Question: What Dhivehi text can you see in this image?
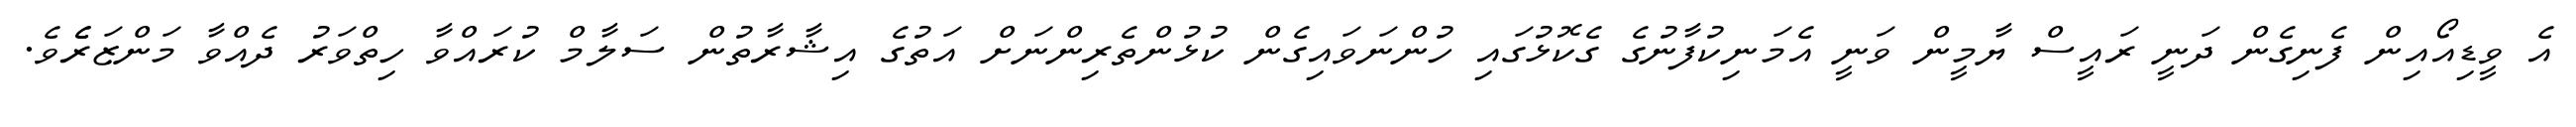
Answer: އެ ވީޑިއޯއިން ފެނިގެން ދަނީ ރައީސް ޔާމީން ވަނީ އެމަނިކުފާނުގެ ގެކޮޅުގައި ހުންނަވައިގެން ކުޅުންތެރިންނަށް އަތުގެ އިޝާރާތުން ސަލާމް ކުރައްވާ ހިތްވަރު ދެއްވާ މަންޒަރެެވެ.